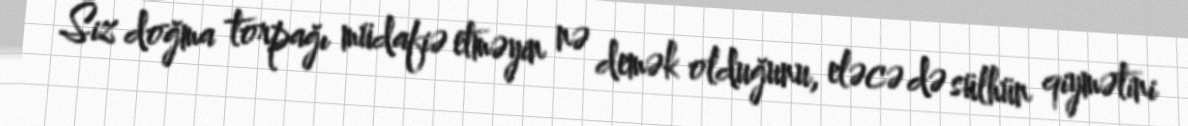
Siz doğma torpağı müdafiə etməyin nə demək olduğunu, eləcə də sülhün qiymətini